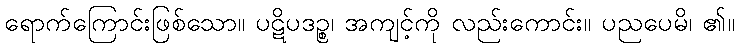
ရောက်ကြောင်းဖြစ်သော။ ပဋိပဒဉ္စ၊ အကျင့်ကို လည်းကောင်း။ ပညပေမိ၊ ၏။